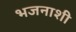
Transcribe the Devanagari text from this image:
भजनाशी